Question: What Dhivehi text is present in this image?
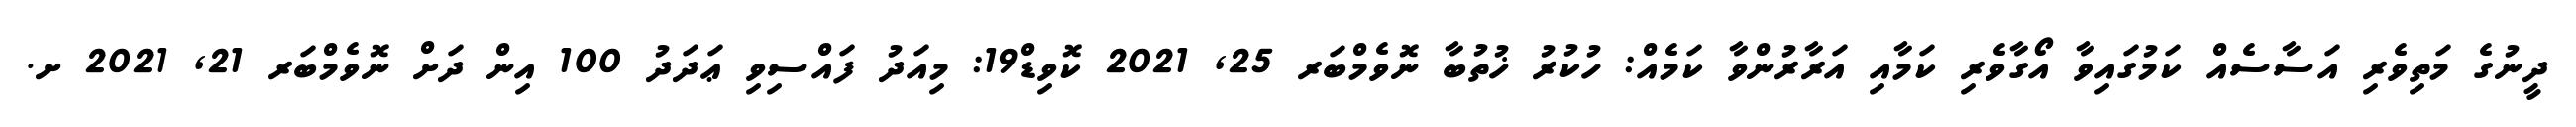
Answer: ދީނުގެ މަތިވެރި އަސާސެއް ކަމުގައިވާ އޯގާވެރި ކަމާއި އަރާރުންވާ ކަމެއް: ހުކުރު ޚުތުބާ ނޮވެމްބަރ 25, 2021 ކޮވިޑް19: މިއަދު ފައްސިވި ޢަދަދު 100 އިން ދަށް ނޮވެމްބަރ 21, 2021 ށ.